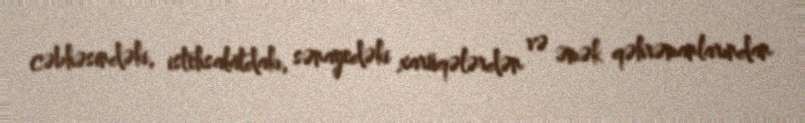
cəbhəsindəki, istehsalatdakı, sənayedəki xarüqələrdən və əmək qəhrəmanlarından